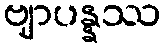
ဗျာပန္နဿ